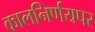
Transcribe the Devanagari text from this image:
कालनिर्णयपर